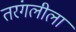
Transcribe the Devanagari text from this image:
तरंगलीला